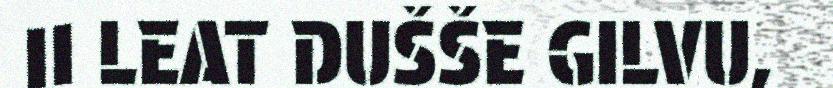
II LEAT DUŠŠE GILVU,